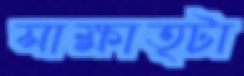
সাক্ষাত্টা